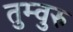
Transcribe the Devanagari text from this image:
तुम्वुरु